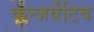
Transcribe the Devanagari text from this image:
कन्जर्वेटिव